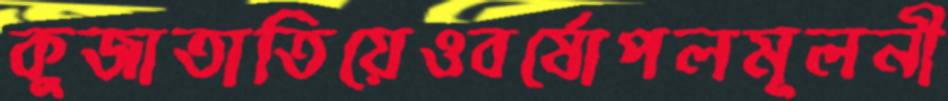
কুজাতাতিয়েওবর্ষোপলমূলনী